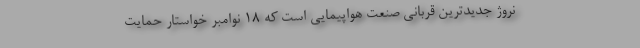
نروژ جدیدترین قربانی صنعت هواپیمایی است که ۱۸ نوامبر خواستار حمایت